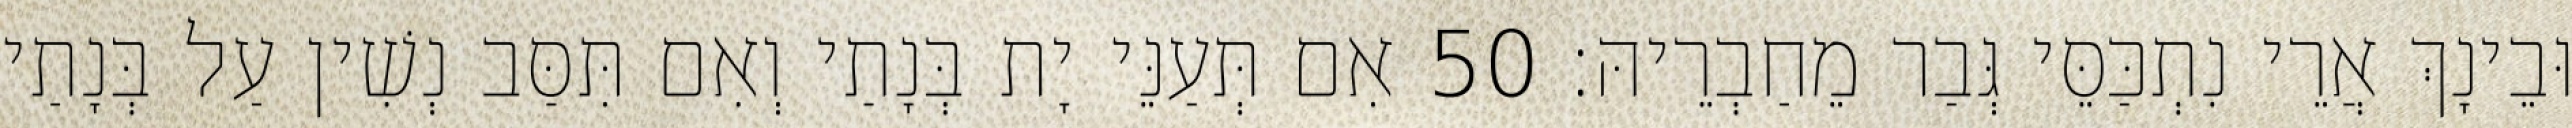
וּבֵינָךְ אֲרֵי נִתְכַּסֵּי גְּבַר מֵחַבְרֵיהּ׃ 50 אִם תְּעַנֵּי יָת בְּנָתַי וְאִם תִּסַּב נְשִׁין עַל בְּנָתַי